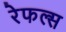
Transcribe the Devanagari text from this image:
रेफल्स